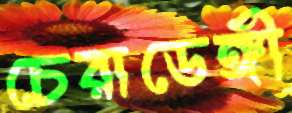
চেরাডেঙ্গী